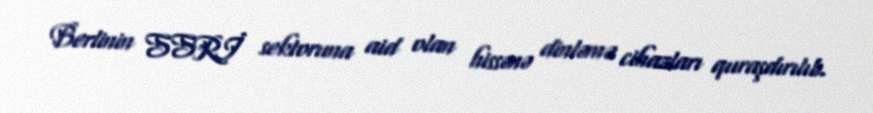
Berlinin SSRİ sektoruna aid olan hissənə dinləmə cihazları quraşdırılıb.